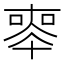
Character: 𠦵